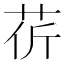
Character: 𦮬